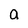
Character: a